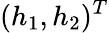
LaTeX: (h_{1},h_{2})^{T}